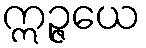
ဣဉ္ဇယေ